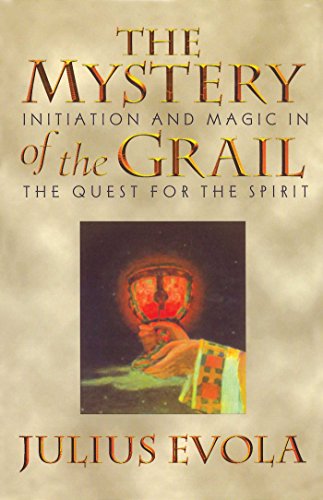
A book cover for The Mystery of the Grail: Initiation and Magic in the Quest for the Spirit; Julius Evola; Literature & Fiction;